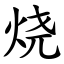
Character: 烧